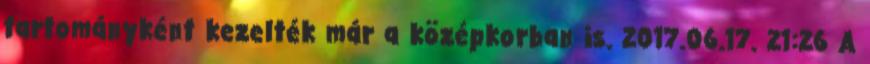
tartományként kezelték már a középkorban is. 2017.06.17. 21:26 A